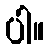
ပါ။